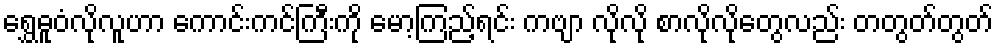
ရွှေဓူဝံလိုလူဟာ ကောင်းကင်ကြီးကို မော့ကြည့်ရင်း ကဗျာ လိုလို စာလိုလိုတွေလည်း တတွတ်တွတ်